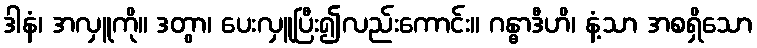
ဒါနံ၊ အလှူကို။ ဒတွာ၊ ပေးလှူပြီး၍လည်းကောင်း။ ဂန္ဓာဒီဟိ၊ နံ့သာ အစရှိသော